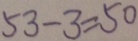
5 3 - 3 = 5 0